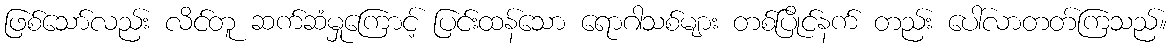
ဖြစ်သော်လည်း လိင်တူ ဆက်ဆံမှုကြောင့် ပြင်းထန်သော ရောဂါသစ်များ တစ်ပြိုင်နက် တည်း ပေါ်လာတတ်ကြသည်။